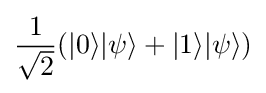
{\frac {1}{\sqrt {2}}}(|0\rangle |\psi \rangle +|1\rangle |\psi \rangle )